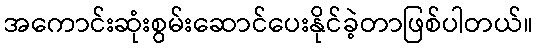
အကောင်းဆုံးစွမ်းဆောင်ပေးနိုင်ခဲ့တာဖြစ်ပါတယ်။